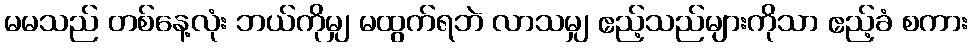
မမသည် တစ်နေ့လုံး ဘယ်ကိုမျှ မထွက်ရဘဲ လာသမျှ ဧည့်သည်များကိုသာ ဧည့်ခံ စကား